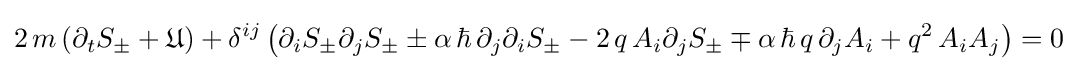
2\,m\left(\partial _{t}S_{\pm }+{\mathfrak {U}}\right)+\delta ^{ij}\left(\partial _{i}S_{\pm }\partial _{j}S_{\pm }\pm \alpha \,\hbar \,\partial _{j}\partial _{i}S_{\pm }-2\,q\,A_{i}\partial _{j}S_{\pm }\mp \alpha \,\hbar \,q\,\partial _{j}A_{i}+q^{2}\,A_{i}A_{j}\right)=0